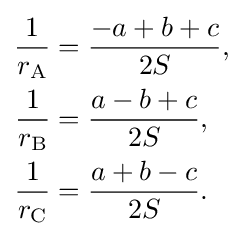
{\begin{aligned}{\frac {1}{r_{\text{A}}}}&={\frac {-a+b+c}{2S}},\\{\frac {1}{r_{\text{B}}}}&={\frac {a-b+c}{2S}},\\{\frac {1}{r_{\text{C}}}}&={\frac {a+b-c}{2S}}.\end{aligned}}